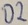
Text: D2